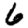
Digit: 6